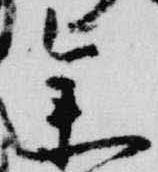
参